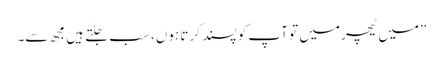
”میں ٹیچر میں تو آپ کو پسند کر تا ہوں، سب جلتے ہیں مجھ سے۔